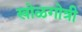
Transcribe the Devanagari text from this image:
खोळगोत्री